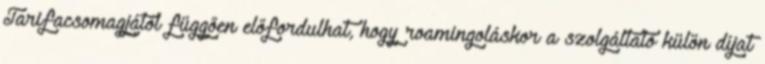
Tarifacsomagjától függően előfordulhat, hogy roamingoláskor a szolgáltató külön díjat